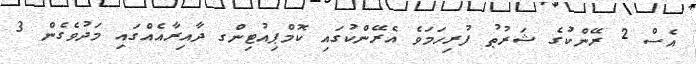
އެސް 2 ރޭންކުގެ ޝަރުޠު ފުރިހަމަވެ އެރޭންކުގައި ކޮމްޕިއުޓިންގ ދާއިރާއެއްގައި މަދުވެގެން 3